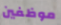
موظفين